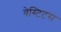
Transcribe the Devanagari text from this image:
वेस्टिटस